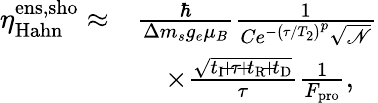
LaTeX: \begin{array}{rl}{\eta_{\mathrm{Hahn}}^{\mathrm{ens,sho}}\approx}&{\frac{\hbar}{\Delta m_{s}g_{e}\mu_{B}}\frac{1}{Ce^{-\left(\tau/T_{2}\right)^{p}}\sqrt{\mathscr{N}}}}\\ &{\quad\times\frac{\sqrt{t_{\mathrm{I}}\! +\! \tau\! +\! t_{\mathrm{R}}\! +\! t_{\mathrm{D}}}}{\tau}\frac{1}{F_{\mathrm{pro}}},}\end{array}